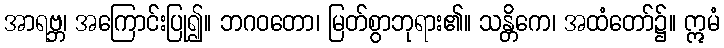
အာရဗ္ဘ၊ အကြောင်းပြု၍။ ဘဂဝတော၊ မြတ်စွာဘုရား၏။ သန္တိကေ၊ အထံတော်၌။ ဣမံ